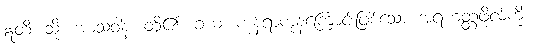
ဣတိ၊ သို့။ အာသဝါနံ၊ တို့၏။ ခယံ၊ ကုန်ရာကုန်ကြောင်းဖြစ်သော အရဟတ္တဖိုလ်ကို။